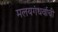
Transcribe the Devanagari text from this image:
मलयगंधर्वाची